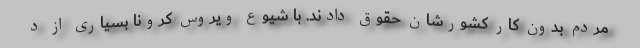
مردم بدون کار کشورشان حقوق دادند. با شیوع ویروس کرونا بسیاری از د